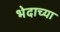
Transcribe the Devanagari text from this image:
भेदाच्या